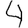
Digit: 4